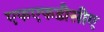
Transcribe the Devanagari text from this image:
एफएफडीसीए